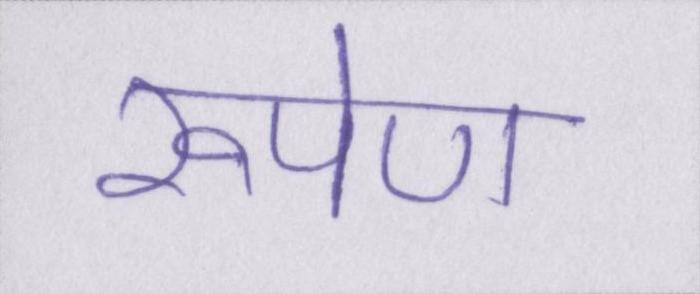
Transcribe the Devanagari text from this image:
रूपेण